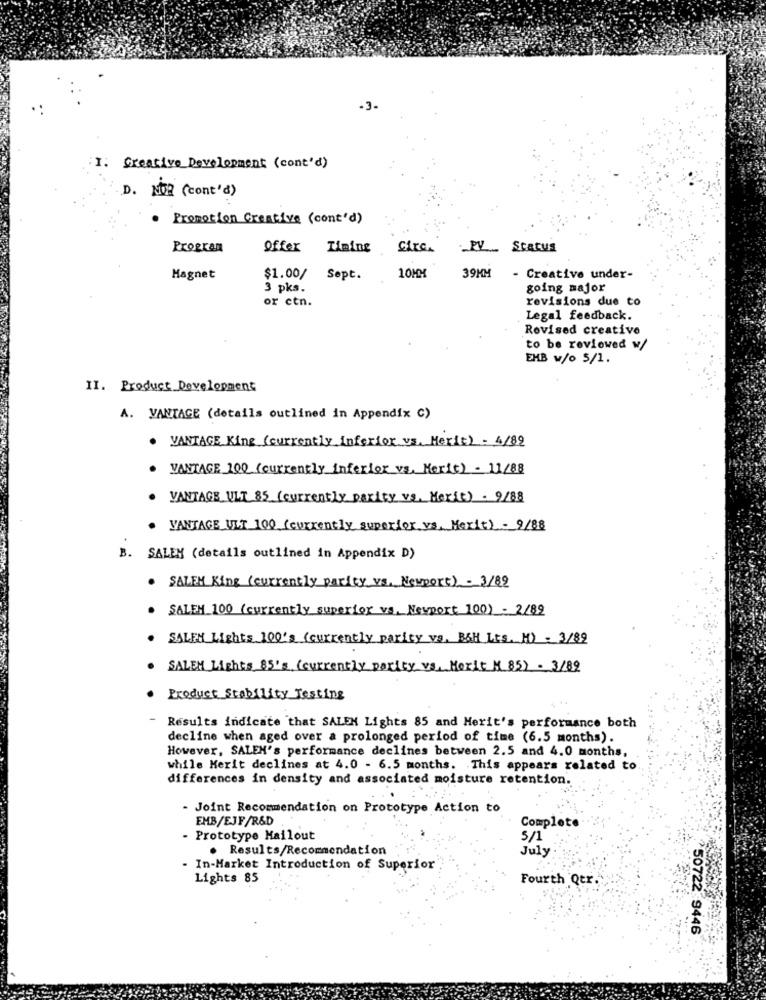
-3-
I. Creative Development (cont'd)
D. NOR (cont'd)
. Promotion Creative (cont'd)
Program
Offer Timing
Gire.
PV ... Status
Magnet
$1.00/
Sept.
10MM
39MM
- Creative under-
3 pks.
going major
or etn.
revisions due to
Legal feedback.
Revised creative
to be reviewed w/
EMB w/o 5/1.
II. Product Development
A. VANTAGE (details outlined in Appendix C)
. VANTAGE King (currently inferior vs. Merit) - 4/89
VANTAGE 100 (currently inferior vs. Merit) - 11/88
VANTAGE ULT 85 (currently parity vs. Merit) . 9/88
.VANTAGE ULT 100 (currently superior.vs, Merit)- 9/88
B.
SALEN (details outlined in Appendix D)
SALEN King (currently parity vs, Newport) - 3/89
SALEN 100 (currently superior vs, Newport 100) - 2/89
SALEN Lights 100's (currently parity vs. B&H Lts. H) - 3/89
SALEM Lights 85's (currently parity vs. Morit M. 85) . 3/82
Product Stability Testing
Results indicate that SALEN Lights 85 and Herit's performance both
decline when aged over a prolonged period of time (6.5 months).
However, SALEH's performance declines between 2.5 and 4.0 months,
while Merit declines at 4.0 - 6.5 months. This appears related to
differences in density and associated moisture retention.
Joint Recommendation on Prototype Action to
FHB/EJF/R&D
Complete
- Prototype Mailout
5/1
. Results/Recommendation
July
In-Market Introduction of Superior
Lights 85
Fourth Qtr.
750722 9446